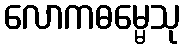
လောကဓမ္မေသု